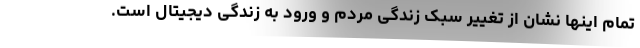
تمام اینها نشان از تغییر سبک زندگی مردم و ورود به زندگی دیجیتال است.